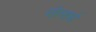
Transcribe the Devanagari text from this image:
गोलार्घ